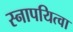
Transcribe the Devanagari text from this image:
स्नापयित्वा